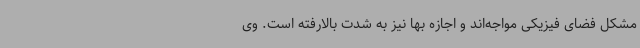
مشکل فضای فیزیکی مواجه‌اند و اجازه بها نیز به شدت بالارفته است. وی